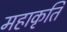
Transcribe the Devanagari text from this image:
महाकृति